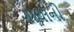
ગાથાની